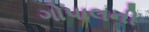
ગોપાલની